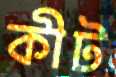
কীট